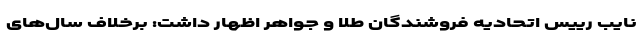
نایب رییس اتحادیه فروشندگان طلا و جواهر اظهار داشت: برخلاف سال‌های